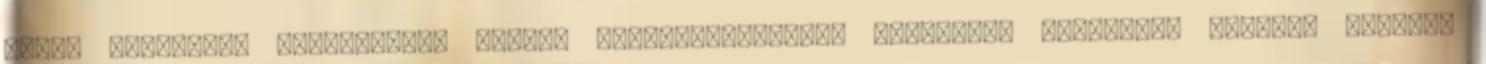
Index támogatói kampányáról Milyen rendszerességgel szeretnél támogatni minket? Mekkora